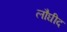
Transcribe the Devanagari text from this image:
लौघीद